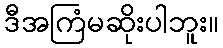
ဒီအကြံမဆိုးပါဘူး။